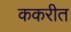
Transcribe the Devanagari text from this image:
ककरीत